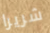
شريرا